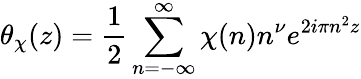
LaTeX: \theta_{\chi}(z)={\frac{1}{2}}\sum_{n=-\infty}^{\infty}\chi(n)n^{\nu}e^{2i\pi n^{2}z}